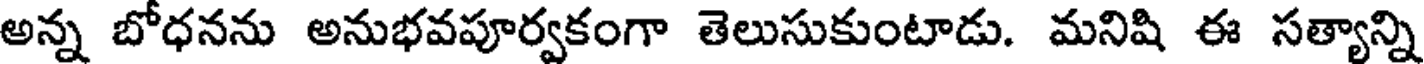
అన్న బోధనను అనుభవపూర్వకంగా తెలుసుకుంటాడు. మనిషి ఈ సత్యాన్ని